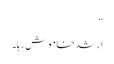
‘‘
ارشد خاموش رہا۔